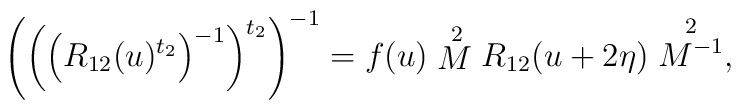
\left(\left(\left(R_{12}(u)^{t_2}\right)^{-1}\right)^{t_2}\right)^{-1}=   f(u) \stackrel{2}{M} R_{12}(u+2\eta) \stackrel{2}{M^{-1}},